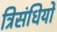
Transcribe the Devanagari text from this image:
त्रिसंधियों